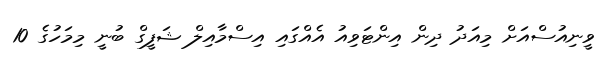
ވީނިއުސްއަށް މިއަދު ދިން އިންޓަވިއު އެއްގައި އިސްމާއިލް ޝަފީގް ބުނީ މިމަހުގެ 10